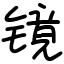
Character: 镜